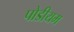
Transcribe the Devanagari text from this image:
पोडीयम